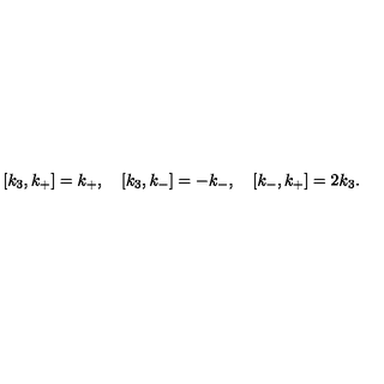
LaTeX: [ k _ { 3 } , k _ { + } ] = k _ { + } , \quad [ k _ { 3 } , k _ { - } ] = - k _ { - } , \quad [ k _ { - } , k _ { + } ] = 2 k _ { 3 } .